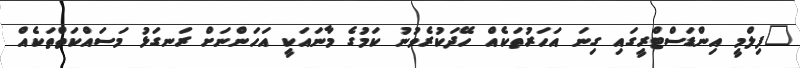
"ފިލްމީ އިންޑަސްޓްރީގައި ގިނަ އަހަރުތަކެއް ހޭދަކުރެވުނު ކަމުގެ މާނައަކީ އަހަންނަށް ރަނގަޅު މަސައްކަތްތަކެއް